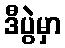
ဒီပွဲမှာ